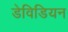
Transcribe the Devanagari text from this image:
डेविडियन